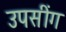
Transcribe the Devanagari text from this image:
उपसींग